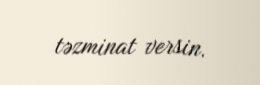
təzminat versin.